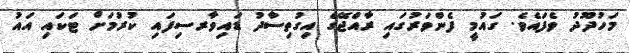
މަހުދޫދު ވެފައެވެ. ގައުމީ ފެންވަރުގައި ރާއްޖޭގެ އިގުތިސާދު ޑައިވާރސިފައި ކުރުމަށް ޓަކައި އައު